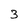
Character: 3